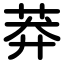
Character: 莽